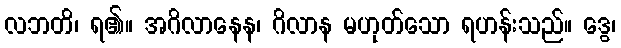
လဘတိ၊ ရ၏။ အဂိလာနေန၊ ဂိလာန မဟုတ်သော ရဟန်းသည်။ ဒွေ၊